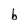
Character: b